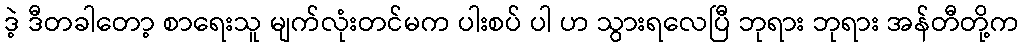
ဒဲ့ ဒီတခါတော့ စာရေးသူ မျက်လုံးတင်မက ပါးစပ် ပါ ဟ သွားရလေပြီ ဘုရား ဘုရား အန်တီတို့က